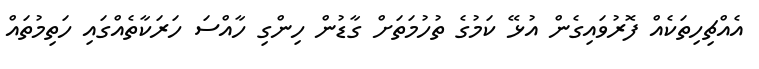
އެއްޗިހިތަކެއް ފޮރުވައިގެން އުޅޭ ކަމުގެ ތުހުމަތަށް ގާޑުން ހިންގި ހާއްސަ ހަރަކާތެއްގައި ހަތިމުތައް